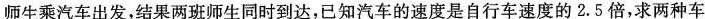
师生乘汽车出发，结果两班师生同时到达，已知汽车的速度是自行车速度的2.5倍，求两种车